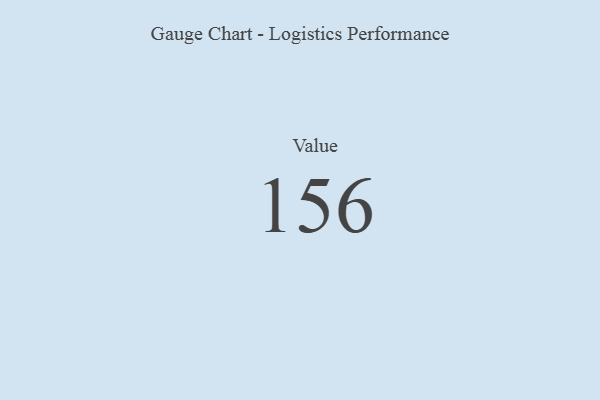
{"axis": {"x": "Metric", "y": "Value"}, "legend": [""], "data": [{"x": "Value", "y": 156, "type": ""}]}